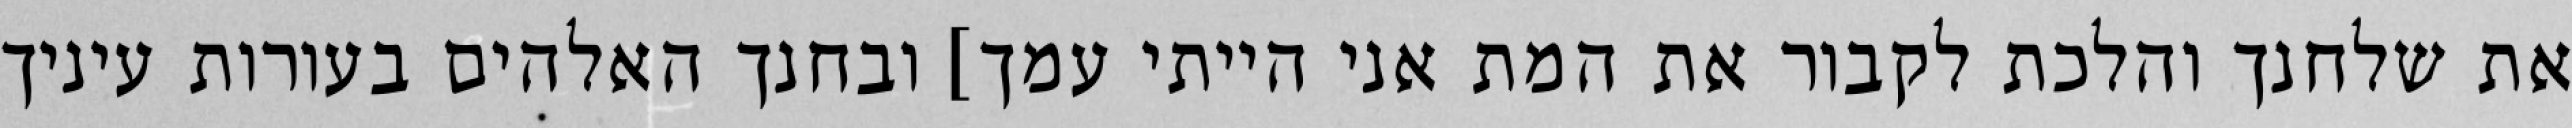
את שלחנך והלכת לקבור את המת אני הייתי עמך] ובחנך האלהים בעורות עיניך